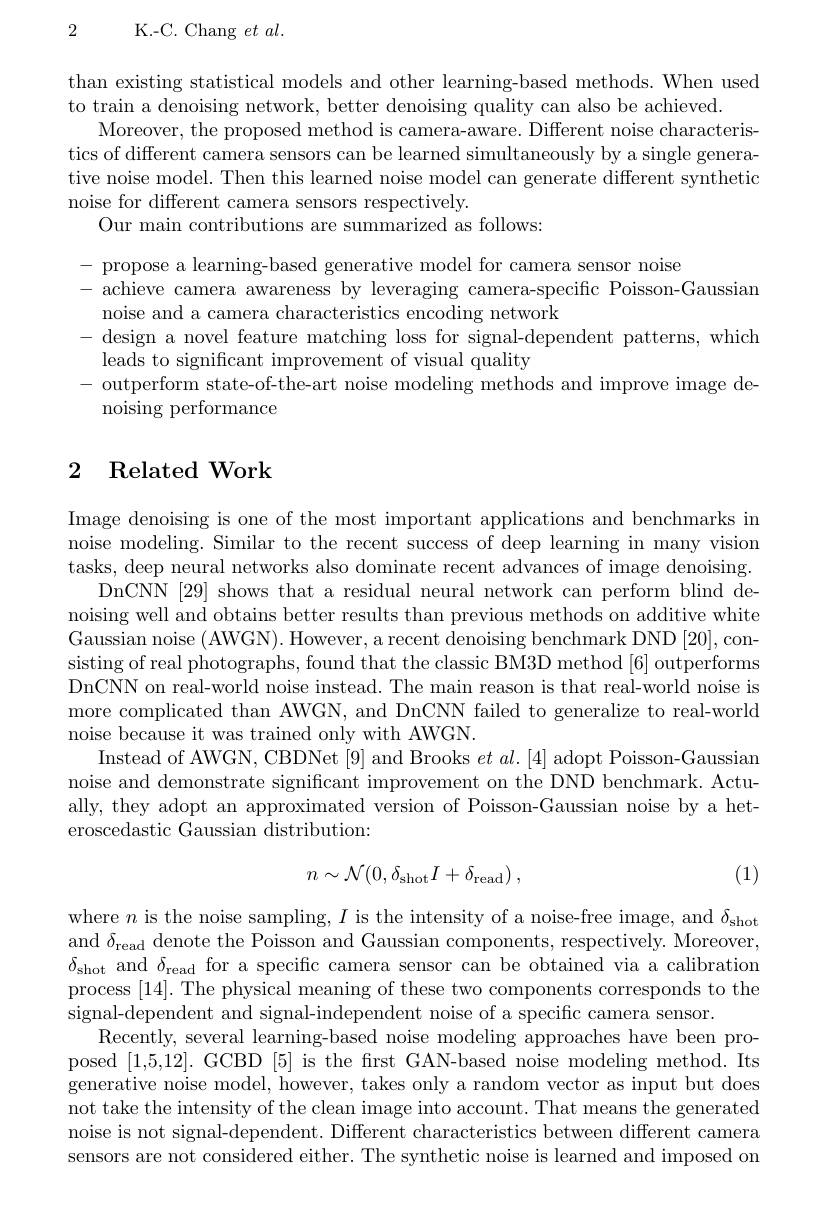
2 K.-C. Chang $et$ $al.$

than existing statistical models and other learning-based methods. When used
to train a denoising network, better denoising quality can also be achieved.
Moreover, the proposed method is camera-aware. Different noise characteristics of different camera sensors can be learned simultaneously by a single generative noise model. Then this learned noise model can generate different synthetic noise for different camera sensors respectively.
Our main contributions are summarized as follows:

$\begin{array}{l}{-\text{propose a learning-based generative model for camera sensor noise}}\\{-\text{achieve camera awareness by leveraging camera-specific Poisson-Gaussian}}\end{array}$
$\begin{array}{l}{\mathrm{achleve~camera~awareness~by~leveraglng~camera-spo}}\\{\mathrm{noise~and~a~camera~characteristics~encoding~network}}\end{array}$
- design a novel feature matching loss for signal-dependent patterns, which
leads to significant improvement of visual quality
- outperform state-of-the-art noise modeling methods and improve image de-
${\mathrm{noising~performance}}$

# 2 Related Work

Image denoising is one of the most important applications and benchmarks in noise modeling. Similar to the recent success of deep learning in many vision tasks, deep neural networks also dominate recent advances of image denoising.
DnCNN [29] shows that a residual neural network can perform blind denoising well and obtains better results than previous methods on additive white Gaussian noise (AWGN). However, a recent denoising benchmark DND [20], consisting of real photographs, found that the classic BM3D method [6] outperforms DnCNN on real-world noise instead. The main reason is that real-world noise is more complicated than AWGN, and DnCNN failed to generalize to real-world noise because it was trained only with AWGN.
Instead of AWGN, CBDNet [9] and Brooks $et\textit{al. [ 4] adopt Poisson- Gaussian}$ noise and demonstrate significant improvement on the DND benchmark. Actually, they adopt an approximated version of Poisson-Gaussian noise by a heteroscedastic Gaussian distribution:
$$n\sim\mathcal{N}(0,\delta_{\mathrm{shot}}I+\delta_{\mathrm{read}})\:,$$
(1)

where $n$ is the noise sampling, $I$ is the intensity of a noise-free image, and $\delta_\mathrm{shot}$ and $\delta_\mathrm{read}$ denote the Poisson and Gaussian components, respectively. Moreover, $\delta_{\mathrm{shot}}$ and $\delta_\mathrm{read}$ for a specific camera sensor can be obtained via a calibration process [14]. The physical meaning of these two components corresponds to the signal-dependent and signal-independent noise of a specific camera sensor.
Recently, several learning-based noise modeling approaches have been proposed [1,5,12]. GCBD [5] is the frst GAN-based noise modeling method. Its generative noise model, however, takes only a random vector as input but does not take the intensity of the clean image into account. That means the generated noise is not signal-dependent. Different characteristics between different camera sensors are not considered either. The synthetic noise is learned and imposed on